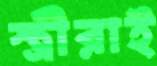
স্ত্রীরাই